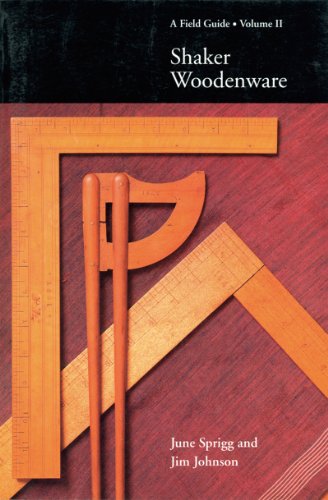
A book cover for Shaker Woodenware: A Field Guide (Vol. 2)  (Field Guides) (Volume 2); Jim Johnson; Christian Books & Bibles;